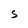
Character: S